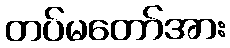
တပ်မတော်အား